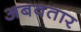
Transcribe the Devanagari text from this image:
अबवतार